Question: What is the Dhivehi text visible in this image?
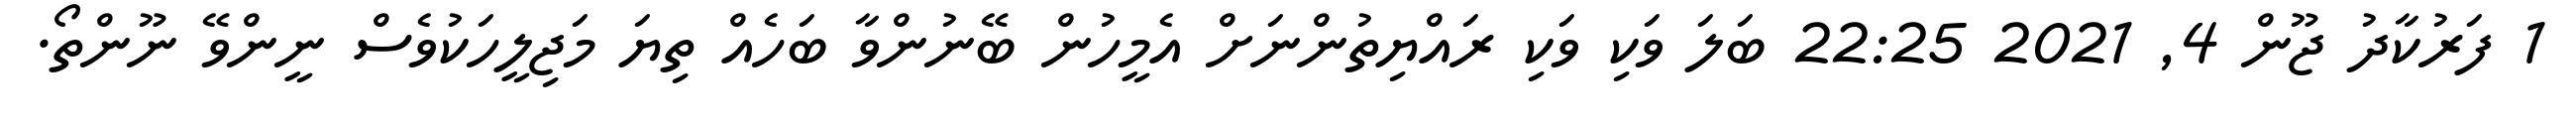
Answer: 1 ފަރުކާދު ޖޫން 4, 2021 22:25 ބަލަ ވަކި ވަކި ރައްޔިތުންނަށް އެމީހުން ބޭނުންވާ ބަހެއް ތިޔަ މަޖިލީހަކުވެސް ނީންވޭ ނޫންތޯ.